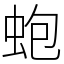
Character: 蚫